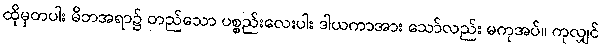
ထိုမှတပါး မိဘအရာ၌ တည်သော ပစ္စည်းလေးပါး ဒါယကာအား သော်လည်း မကုအပ်။ ကုလျှင်